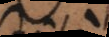
p a